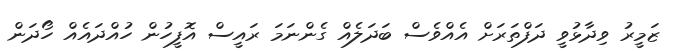
ޒަމީރު ވިދާޅުވީ ދަފްތަރަށް އެއްވެސް ބަދަލެއް ގެންނަމަ ރައީސް އޮފީހުން ހުއްދައެއް ހޯދަން